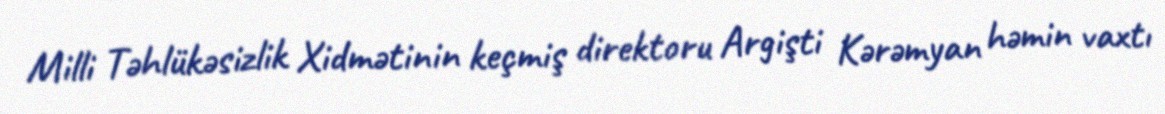
Milli Təhlükəsizlik Xidmətinin keçmiş direktoru Argişti Kərəmyan həmin vaxtı